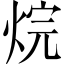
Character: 烷